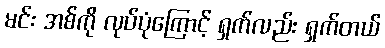
မင်း အစ်ကို လုပ်ပုံကြောင့် ရှက်လည်း ရှက်တယ်